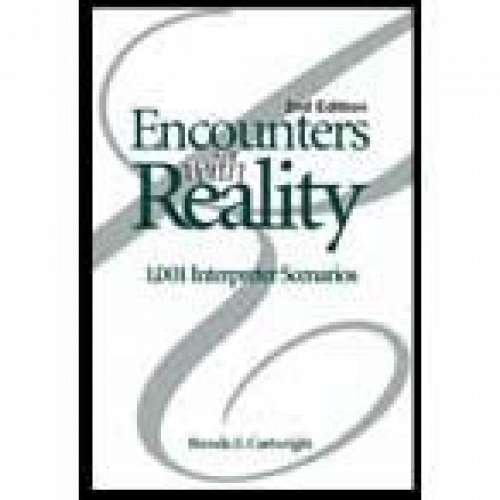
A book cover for Encounters With Reality: 1001 Interpreter Scenarios; Brenda Cartwright; Reference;